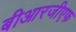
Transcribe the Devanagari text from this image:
बीआरजीएफ